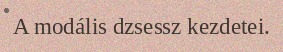
A modális dzsessz kezdetei.